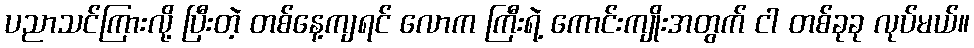
ပညာသင်ကြားလို့ ပြီးတဲ့ တစ်နေ့ကျရင် လောက ကြီးရဲ့ ကောင်းကျိုးအတွက် ငါ တစ်ခုခု လုပ်မယ်။